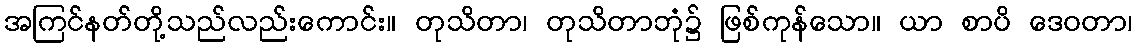
အကြင်နတ်တို့သည်လည်းကောင်း။ တုသိတာ၊ တုသိတာဘုံ၌ ဖြစ်ကုန်သော။ ယာ စာပိ ဒေဝတာ၊